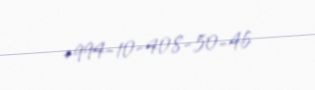
+994-10-408-50-46